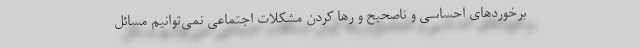
برخوردهای احساسی و ناصحیح و رها کردن مشکلات اجتماعی نمی‌توانیم مسائل